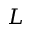
L